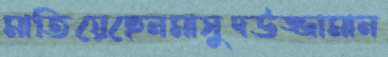
মাতিয়েছেনমাসুদউজ্জামান